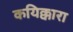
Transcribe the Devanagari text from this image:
कयिक्कारा